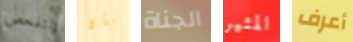
نتفحص بأن الجناة المثير أعرف